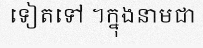
ទៀតទៅ ។ក្នុងនាមជា